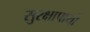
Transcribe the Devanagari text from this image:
सुरक्षापायों